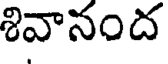
శివానంద